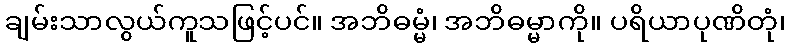
ချမ်းသာလွယ်ကူသဖြင့်ပင်။ အဘိဓမ္မံ၊ အဘိဓမ္မာကို။ ပရိယာပုဏိတုံ၊